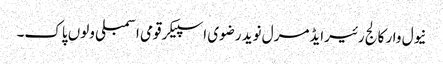
نیول وار کالج رئیرایڈمرل نوید رضوی اسپیکر قومی اسمبلی ولوں پاک۔